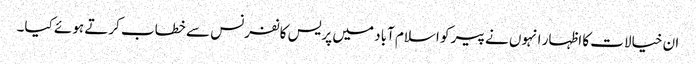
ان خیالات کا اظہار انہوں نے پیر کو اسلام آباد میں پریس کانفرنس سے خطاب کرتے ہوئے کیا۔